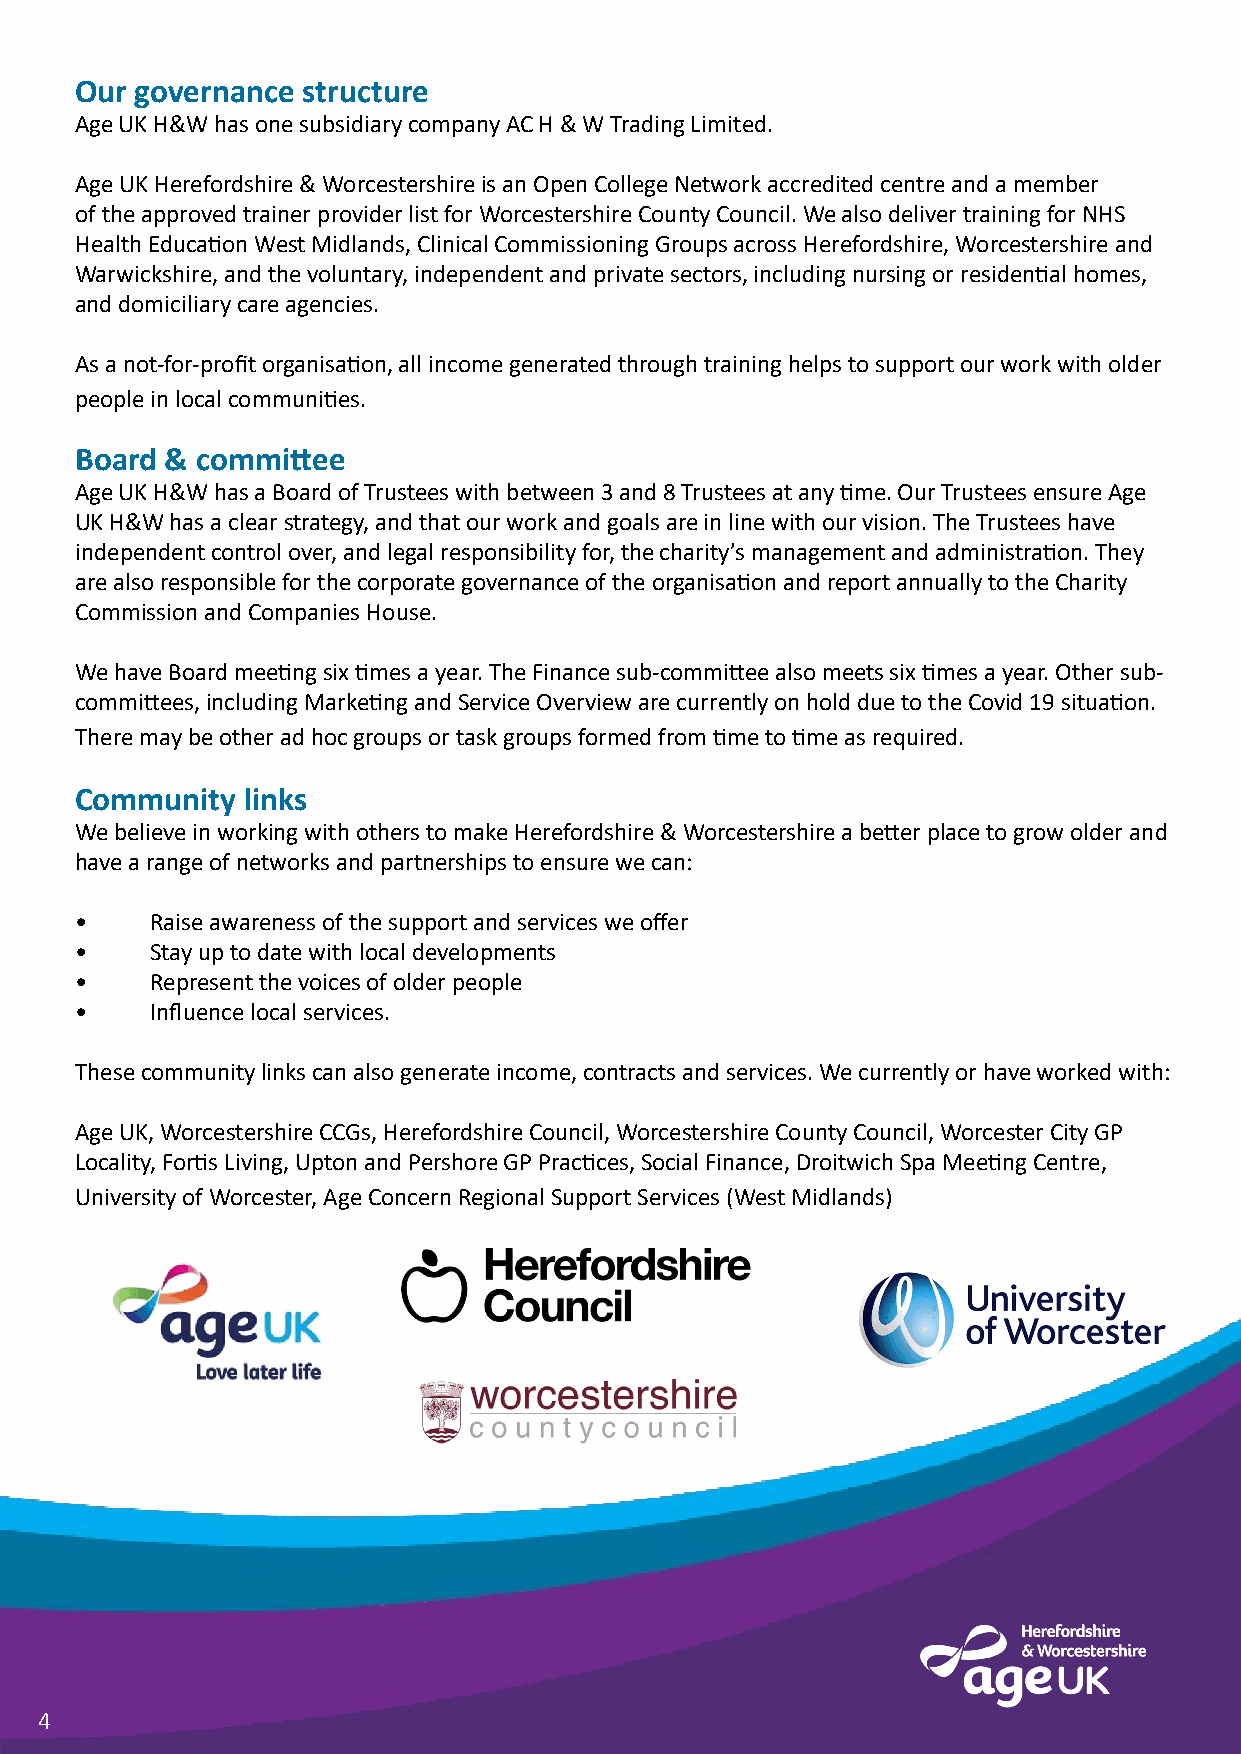
Our governance structure
 Age UK H&W has one subsidiary company AC H & W Trading Limited.
 Age UK Herefordshire & Worcestershire is an Open College Network accredited centre and a member
 of the approved trainer provider list for Worcestershire County Council. We also deliver training for NHS
 Health Education West Midlands, Clinical Commissioning Groups across Herefordshire, Worcestershire and
 Warwickshire, and the voluntary, independent and private sectors, including nursing or residential homes,
 and domiciliary care agencies.
 As a not-for-profit organisation, all income generated through training helps to support our work with older
 people in local communities.
 Board & committee
 Age UK H&W has a Board of Trustees with between 3 and 8 Trustees at any time. Our Trustees ensure Age
 UK H&W has a clear strategy, and that our work and goals are in line with our vision. The Trustees have
 independent control over, and legal responsibility for, the charity’s management and administration. They
 are also responsible for the corporate governance of the organisation and report annually to the Charity
 Commission and Companies House.
 We have Board meeting six times a year. The Finance sub-committee also meets six times a year. Other sub-
 committees, including Marketing and Service Overview are currently on hold due to the Covid 19 situation.
 There may be other ad hoc groups or task groups formed from time to time as required.
 Community  links
 We believe in working with others to make Herefordshire & Worcestershire a better place to grow older and
 have a range of networks and partnerships to ensure we can:
 •    Raise awareness of the support and services we offer
 •    Stay up to date with local developments
 •    Represent the voices of older people
 •    Influence local services.
 These community links can also generate income, contracts and services. We currently or have worked with:
 Age UK, Worcestershire CCGs, Herefordshire Council, Worcestershire County Council, Worcester City GP
 Locality, Fortis Living, Upton and Pershore GP Practices, Social Finance, Droitwich Spa Meeting Centre,
 University of Worcester, Age Concern Regional Support Services (West Midlands)
 4